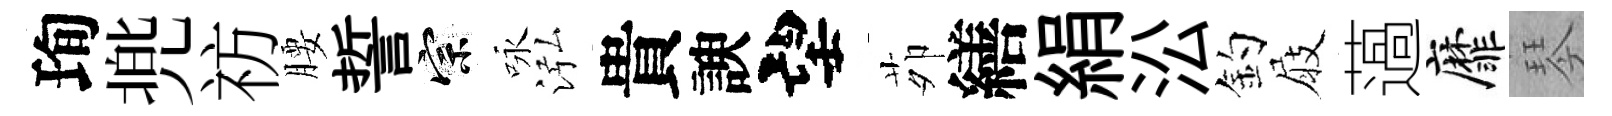
珣兠祊腰誓宗咏泓貴諛望茆繕絹㳂釣屐薖靡琴